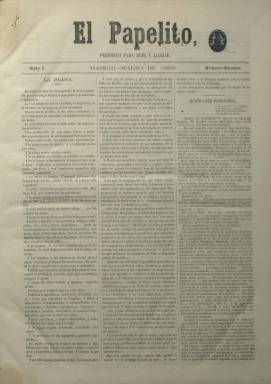
Título: El Papelito (Madrid)
Colección: Periódicos || Carlismo || Revistas satíricas y humorísticas
Ámbito geográfico: Madrid
Lugar de publicación: Madrid
Fechas: 01/03/1868-29/01/1871

Con el subtítulo “periódico para reír y llorar”, se considera un “destacado representante” –junto a La Gorda (1868-1870), entre otros– de la prensa joco-seria “católico carlista” de la época, que constituyó el “primer gran éxito” de la misma, al ser este periódico el más difundido, sobre todo en la primera mitad de 1870 (Seoane: 1983 y Checa Godoy: 2016), alcanzando tiradas de 25.000 y en alguna ocasión de 50.000 ejemplares (según las propias fuentes carlistas). Había aparecido, sin embargo, durante el último gobierno de la Unión Liberal de Ramón María Narváez (1800-1868), sacando un “número muestra” en marzo de 1868, un mes antes de la muerte del general. Como semanario sale cada domingo y publica su primer número el seis de abril de ese mismo año. Sus entregas son de cuatro páginas, compuestas a tres columnas, que se secuencian como “papelitos”. Comienza a salir de la Imprenta de Manuel Tello, y se indica como administrador y editor responsable a Francisco Hernández.

Se le ha atribuido su fundación –y también su dirección– al escritor tradicionalista José María del Castillo (1842-1899), quien perderá su cátedra de la Escuela Central de Ingenieros al negarse a jurar la Constitución de 1869. Al comenzar la tercera guerra carlista (1872), Del Castillo pasaría a ser secretario de Joaquín Elío (1806-1876), el general en jefe del ejército carlista del norte, y de doña Margarita de Borbón-Parma (1847-1893), esposa de don Carlos María de Borbón y Austria-Este (1848-1909), pretendiente a la Corona de España como Carlos VII. En 1882, Del Castillo ingresaría en la Compañía de Jesús.

Hasta su número 92, de tres de julio de 1870, El Papelito tiene su primera época, que denomina “siglo I”. El ocho de enero de ese año su redacción había sido asaltada por la célebre “partida de la porra”, dirigida por Felipe Ducazcal (1845-1891), y asesinado Manuel Azcárraga –que en alguna referencia se le ha atribuido la dirección de este periódico, calificado de libelo–, después de que este joven redactor hubiera publicado unas “crónicas extraconyugales” del entonces gobernador civil de Madrid, Juan Moreno Benítez. En una hoja suelta de la colección se indica que la suspensión se produce “por acuerdo de la Junta Central Católico-Monárquica”, al igual que otros nueve periódicos carlistas, al tiempo que suspende sus reuniones en el Casino Católico-Monárquico de Madrid.

Tres meses después, el nueve de octubre, reaparece, continuando su secuencia numérica, y denominado a esta época como “Campaña 2”, alcanzando hasta la entrega número 109, de 29 de enero de 1871. Señala en su artículos de despedida (La partida de Amadeo y Morimos de risa) que cesó tras numerosas denuncias y sabotajes en la circulación por correo de sus ediciones, y al estar su director y varios redactores encarcelados, incluido el que era entonces su editor responsable, el impresor Manuel Tello. Por ello, al final, sería estampado en la Imprenta de la Viuda e Hijos de Galiano.

Coincidiendo entre su primera y segunda época, había aparecido en su lugar el también satírico carlista El Papelillo, estampado en la citada imprenta de los descendientes de Galiano; y, durante el periodo septembrino, estuvo apareciendo otro semanario semibufo carlista, dirigido por José Rodríguez Lapiedra, con el título El Nuevo papelito. Así mismo, en Zaragoza, durante dos meses de 1871 se publicaría el también semanario carlista El Papelito aragonés (cfr. Carpizo Bergareche: 2008 y Checa Godoy: 2016).

Jaime del Burgo (1978) recoge que El Papelito se autocalificó jocosamente en su primera entrega como periódico “oficial, de partido, ilustrado y universal”. Sólo en su sección Jeroglífico inserta algunas figuras o dibujos. Sus textos son en prosa y en verso, y publica también charadas, adivinanza o acertijos. Tiene secciones fijas, como Artículo para damas, Cajón de sastres o Banderillas; así como series, como la titulada Verdadera historia del bufo Arderíus y del gran Gaztambide, y folletines, como El amor y la prójima. Prácticamente sus textos no van firmados, apareciendo iniciales o seudónimos, como el de Perico. Todos sus contenidos tienen un marcado carácter político, y publica listas con las donaciones recaudadas para los presos carlistas.

En 1894, reaparecería este título, también como “furibundo” defensor del pretendiente don Carlos VII. Para la prensa carlista, véanse también los trabajos de Navarro Cabanes (1917) y Garmendía (1975), entre otros.